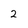
Character: 2